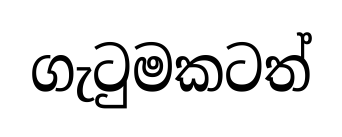
ගැටුමකටත්